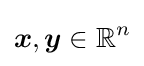
{\boldsymbol {x}},{\boldsymbol {y}}\in \mathbb {R} ^{n}